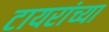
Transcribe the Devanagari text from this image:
टायरांच्या